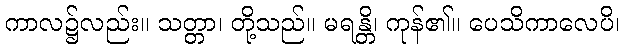
ကာလ၌လည်း။ သတ္တာ၊ တို့သည်။ မရန္တိ၊ ကုန်၏။ ပေသိကာလေပိ၊